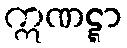
ဣဏဋ္ဋာ